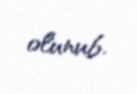
olunub.